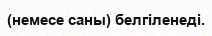
(немесе саны) белгіленеді.